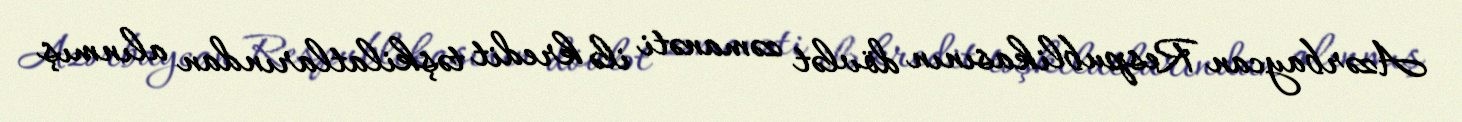
Azərbaycan Respublikasının dövlət zəmanəti ilə kredit təşkilatlarından alınmış